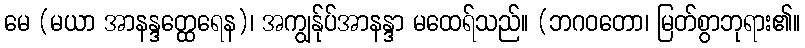
မေ (မယာ အာနန္ဒတ္ထေရေန)၊ အကျွန်ုပ်အာနန္ဒာ မထေရ်သည်။ (ဘဂဝတော၊ မြတ်စွာဘုရား၏။